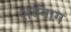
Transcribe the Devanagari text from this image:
शर्वनाग